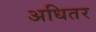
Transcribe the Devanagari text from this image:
अधितर